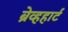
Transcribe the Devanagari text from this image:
ब्रेव्हहार्ट